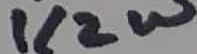
Text: 1/2W